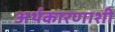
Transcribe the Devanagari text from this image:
अर्थकारणाशी